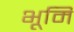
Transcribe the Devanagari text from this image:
भूमि